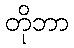
တိုဘာ